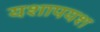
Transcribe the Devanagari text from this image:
यशापयश